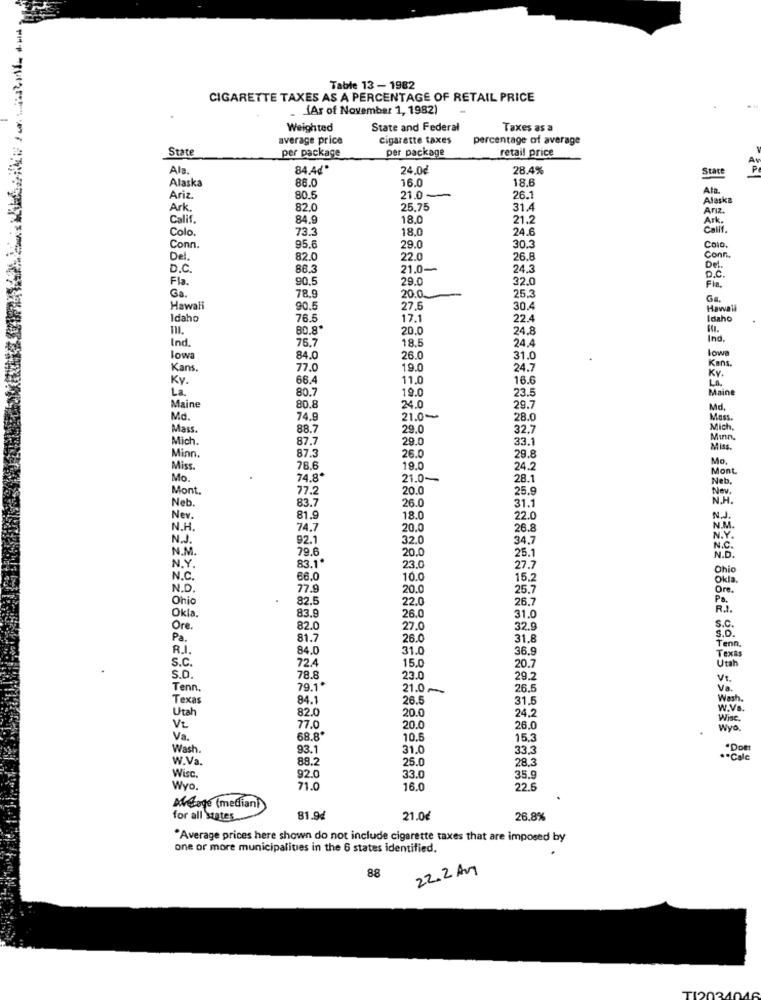
Table 13 - 1982
CIGARETTE TAXES AS A PERCENTAGE OF RETAIL PRICE
. (Ar of November 1, 1982)
Weighted
State and Federal
Taxes as a
average price
cigarette taxes
percentage of average
State
per package
per package
retail price
Ala.
84,4d"
24.0€
28.4%
State
P
Alaska
86.0
16.0
18.6
Ata.
Ariz
80.5
21.0 -
26.
Alaska
Ark.
82.0
25.75
31.4
Arız.
Calif .
84.9
18.0
21.2
Ark.
Colo.
73.3
18.0
24.6
Conn.
95.6
29.0
30.3
Colo.
Del.
82.0
22.0
26.8
Conn.
D.C .
86.3
21.0-
24.3
Del.
Fla .
90,5
29.0
32.0
D.C.
20.0.
25.3
Fla.
Ga.
78.9
Ga,
Hawali
90.5
27.5
30.4
Hawali
Idaho
76.5
17.1
22.4
Idaho
80.8
20.0
24.8
76.7
18.5
24.4
Ind .
Ind.
lowa
lowa
84.0
26.0
31.0
Kans.
Kans.
77.0
19.0
24.7
Ky.
Ky.
66.4
11.0
16.6
La
80.7
19.0
23.5
La.
Maine
Maine
80.8
24.0
29.7
Md,
Md.
74.9
21.0-
28.0
Moss
Mass.
88.7
29.0
32.7
Mich.
Mich.
87.7
29.0
33.1
Mınn.
87.3
Miss.
Minn.
26.0
29.8
Mo.
Miss.
78.6
19.0
24.2
Mont
Mo.
74.8*
21.0-
28.1
Neb.
Mont.
77.2
20.0
25.
Nev.
Neb.
83.7
26.0
N.H.
31.1
Nev.
81.9
18.0
22.0
N.J.
N.H.
74.7
20.0
26.8
N.M
N.J.
92.1
32.0
34.7
N.Y.
N.M.
79.6
20.0
25.
N.D.
83.1"
N.Y.
23.0
27.7
Ohio
N.C.
66.0
10.0
15.2
Okia.
N.D.
77.
20.0
25.7
Ore .
Ohio
82.5
22.0
26.7
83.9
Okla.
26.0
31.0
Ore.
82.0
27.0
32.9
Pa.
81.7
26.0
31.8
R.I.
84.0
31.0
36.9
Tena
S.c.
72.4
15.0
Texa
20.7
S.O.
78.8
23.0
29.2
Vr.
Tenn.
79.1"
21.0 -
26.5
Va.
Texas
84.1
26.5
31.5
Utah
82.0
20.0
24,2
w.Ve.
Wise
VL
77.0
20.0
26.0
Wyo.
Va.
68.8
10.5
15.3
Wash.
93.1
31.0
33.3
*Doer
W.Va.
88.2
25.0
28.3
·· Cale
Wisc.
92.0
33.0
35.9
Wyo.
71.0
16.0
22.5
Adage (mediani
for all states
81.94
21.0€
26,8%
"Average prices here shown do not include cigarette taxes that are imposed by
one or more municipalities in the 6 states identified.
88
22.2 AM